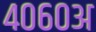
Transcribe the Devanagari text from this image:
४०६०अ